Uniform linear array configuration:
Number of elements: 12
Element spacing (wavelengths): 1
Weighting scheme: hann
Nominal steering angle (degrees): -45
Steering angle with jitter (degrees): -43.277
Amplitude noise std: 0.05
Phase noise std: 0.05

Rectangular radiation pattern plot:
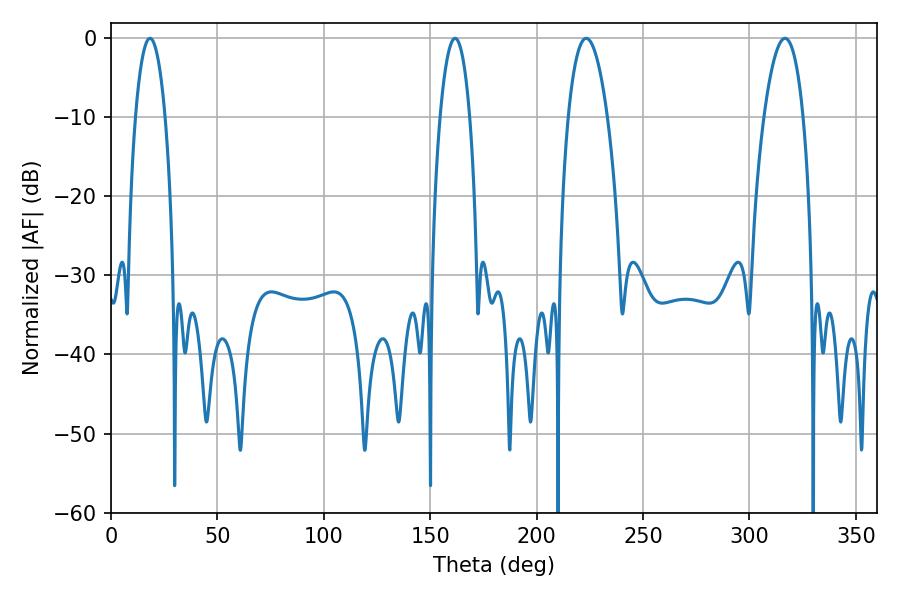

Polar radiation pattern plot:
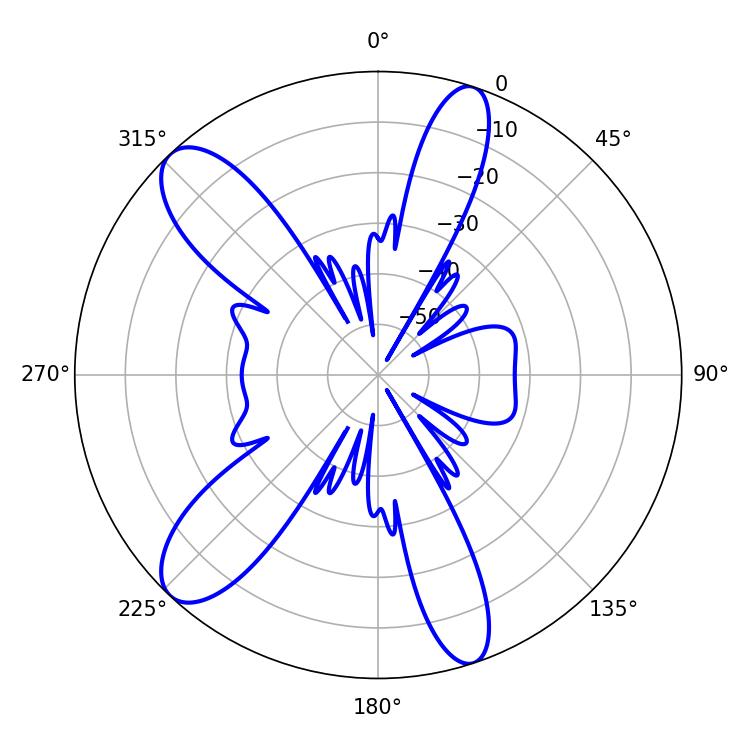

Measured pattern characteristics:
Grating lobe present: TRUE
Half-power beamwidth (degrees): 7.92
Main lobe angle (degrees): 18.36